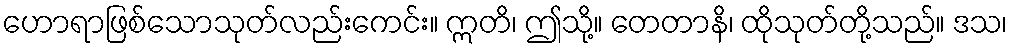
ဟောရာဖြစ်သောသုတ်လည်းကေင်း။ ဣတိ၊ ဤသို့။ တေတာနိ၊ ထိုသုတ်တို့သည်။ ဒသ၊